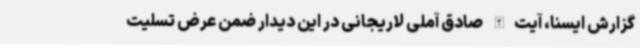
گزارش ایسنا، آیت‌الله صادق آملی لاریجانی در این دیدار ضمن عرض تسلیت